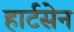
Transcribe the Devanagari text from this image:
हार्टसेन